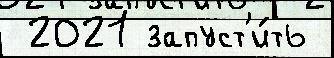
 2021 запуст'и́ть